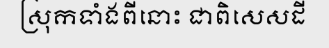
ស្រុកទាំងពីនោះ ជាពិសេសដី